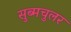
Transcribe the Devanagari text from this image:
सुब्मचुलर